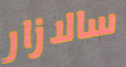
سالازار